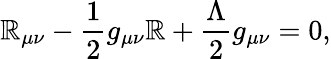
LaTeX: \mathbb{R}_{\mu\nu}-\frac{{1}}{{2}}g_{\mu\nu}\mathbb{R}+\frac{{\Lambda}}{{2}}g_{\mu\nu}=0,